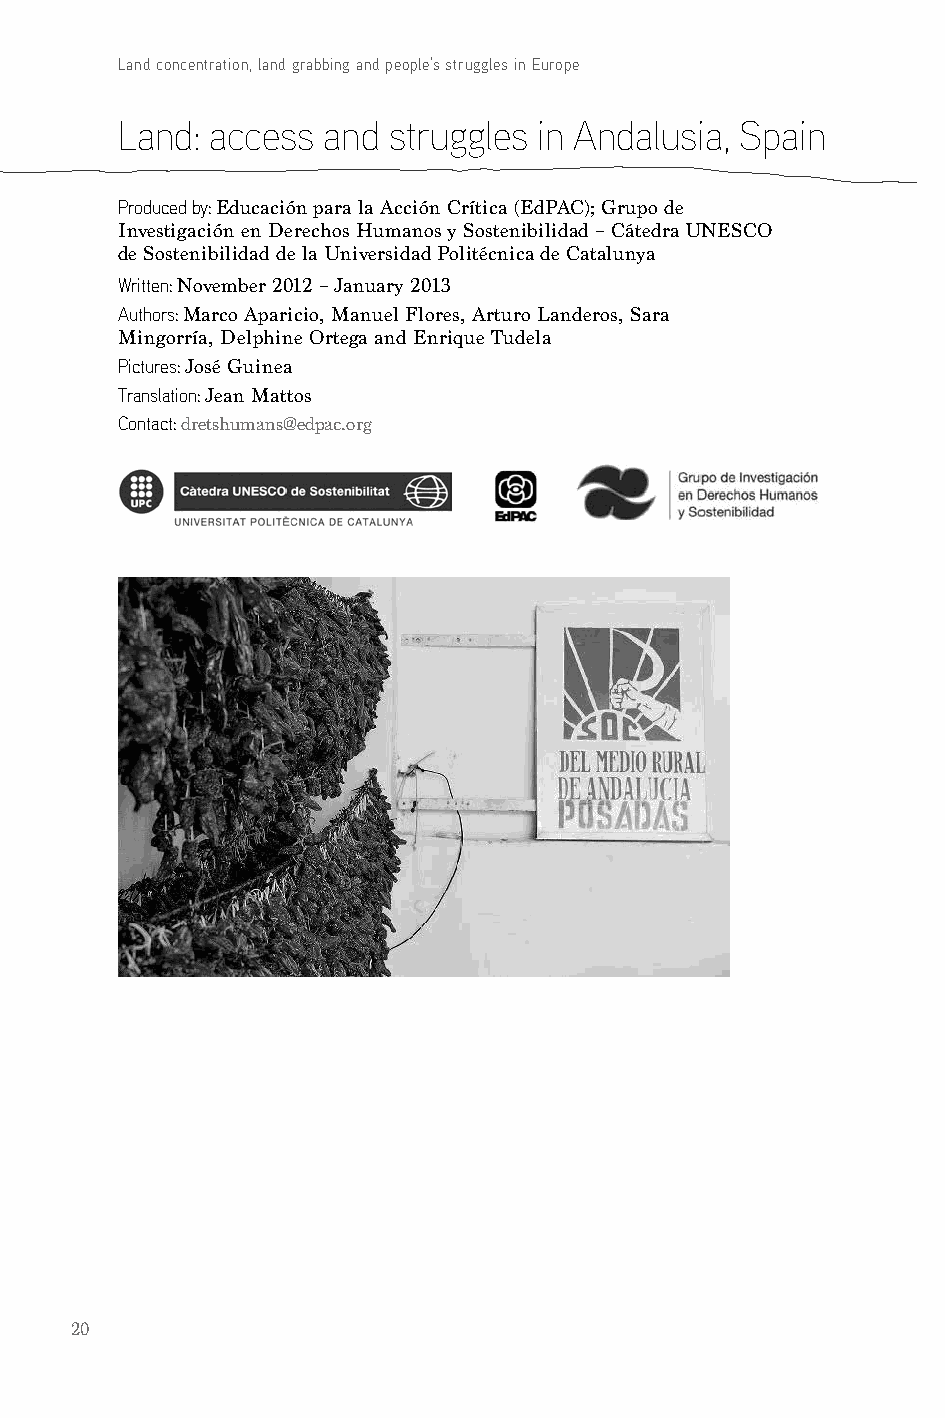
Land concentration, land grabbing and people’s struggles in Europe
 Land: access and  struggles in Andalusia, Spain
 Produced by: Educación para la Acción Crítica (EdPAC); Grupo de
 Investigación en Derechos Humanos y Sostenibilidad – Cátedra UNESCO
 de Sostenibilidad de la Universidad Politécnica de Catalunya
 Written: November 2012 – January 2013
 authors: Marco Aparicio, Manuel Flores, Arturo Landeros, Sara
 Mingorría, Delphine Ortega and Enrique Tudela
 Pictures: José Guinea
 Translation: Jean Mattos
 contact: dretshumans@edpac.org
 20